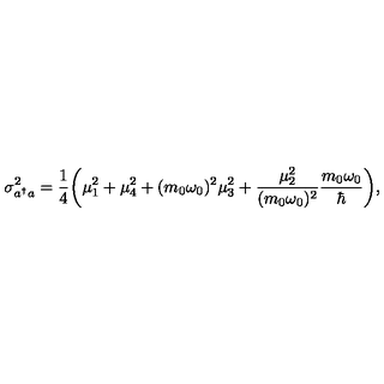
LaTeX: \sigma _ { a ^ { \dagger } a } ^ { 2 } = { \frac { 1 } { 4 } } \biggl ( \mu _ { 1 } ^ { 2 } + \mu _ { 4 } ^ { 2 } + ( m _ { 0 } \omega _ { 0 } ) ^ { 2 } \mu _ { 3 } ^ { 2 } + { \frac { \mu _ { 2 } ^ { 2 } } { ( m _ { 0 } \omega _ { 0 } ) ^ { 2 } } } { \frac { m _ { 0 } \omega _ { 0 } } { \hbar } } \biggr ) ,